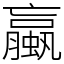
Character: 蠃